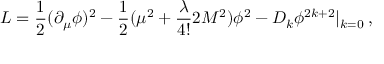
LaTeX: { \cal L } = \frac { 1 } { 2 } ( \partial _ { \mu } \phi ) ^ { 2 } - \frac { 1 } { 2 } ( \mu ^ { 2 } + \frac { \lambda } { 4 ! } 2 M ^ { 2 } ) \phi ^ { 2 } - D _ { k } \phi ^ { 2 k + 2 } | _ { k = 0 } \: ,